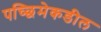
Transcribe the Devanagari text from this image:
पच्छिमेकडील